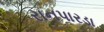
રાનપારડા